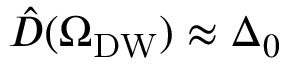
\hat { D } ( \Omega _ { \mathrm { D W } } ) \approx \Delta _ { 0 }